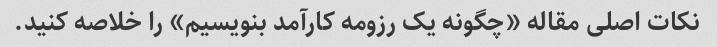
نکات اصلی مقاله «چگونه یک رزومه کارآمد بنویسیم» را خلاصه کنید.